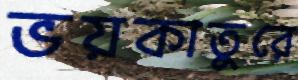
ভয়কাতুরে